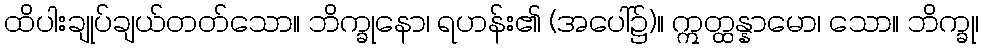
ထိပါးချုပ်ချယ်တတ်သော။ ဘိက္ခုနော၊ ရဟန်း၏ (အပေါ်၌)။ ဣတ္ထန္နာမော၊ သော။ ဘိက္ခု၊